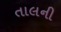
તાલની